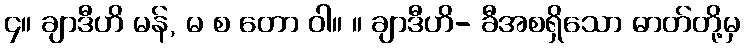
၄။ ချာဒီဟိ မန်, မ စ တော ဝါ။ ။ ချာဒီဟိ- ခီအစရှိသော ဓာတ်တို့မှ